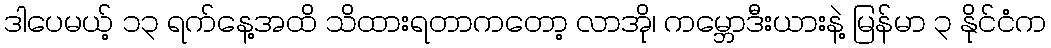
ဒါပေမယ့် ၁၃ ရက်နေ့အထိ သိထားရတာကတော့ လာအို၊ ကမ္ဘောဒီးယားနဲ့ မြန်မာ ၃ နိုင်ငံက